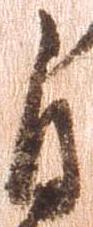
自